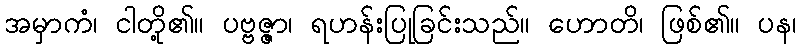
အမှာကံ၊ ငါတို့၏။ ပဗ္ဗဇ္ဇာ၊ ရဟန်းပြုခြင်းသည်။ ဟောတိ၊ ဖြစ်၏။ ပန၊